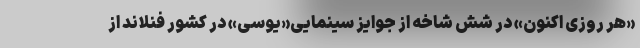
«هر روزی اکنون» در شش شاخه از جوایز سینمایی«یوسی» در کشور فنلاند از